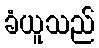
ခံယူသည်